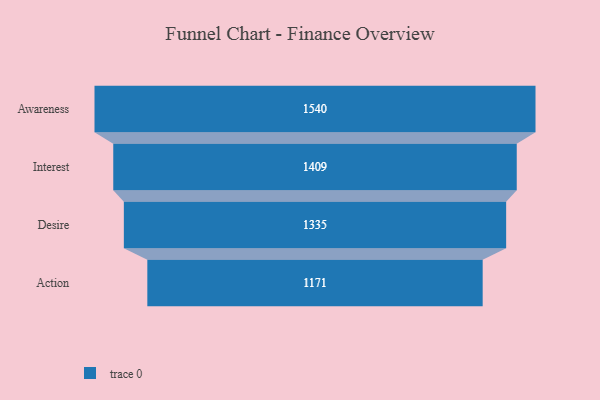
{"axis": {"x": "Stage", "y": "Value"}, "legend": [""], "data": [{"x": "Awareness", "y": 1540.0, "type": ""}, {"x": "Interest", "y": 1409.0, "type": ""}, {"x": "Desire", "y": 1335.0, "type": ""}, {"x": "Action", "y": 1171.0, "type": ""}]}